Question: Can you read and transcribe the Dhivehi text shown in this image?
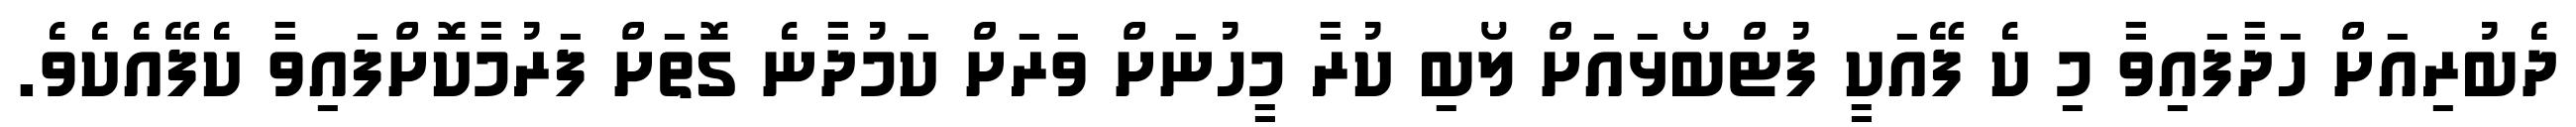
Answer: ދެބުރިއަށް ހަދާފައިވާ މި ކެ ފޭއަކީ ފުޓްބޯޅައަށް ލޯބި ކުރާ މީހުނަށް ވަރަށް ކަމުދާނެ ގޮތަށް ފަރުމާކޮށްފައިވާ ކެފޭއެކެވެ.